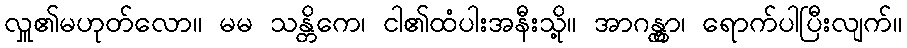
လှူ၏မဟုတ်လော။ မမ သန္တိကေ၊ ငါ၏ထံပါးအနီးသို့။ အာဂန္တွာ၊ ရောက်ပါပြီးလျက်။